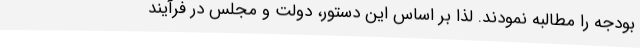
بودجه را مطالبه نمودند. لذا بر اساس این دستور، دولت و مجلس در فرآیند